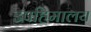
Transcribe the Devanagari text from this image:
उपहिमालय